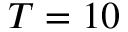
T = 1 0